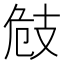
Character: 㩻